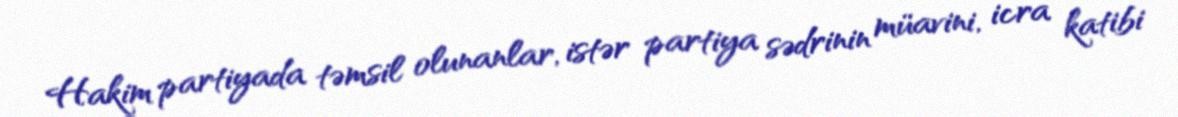
Hakim partiyada təmsil olunanlar, istər partiya sədrinin müavini, icra katibi